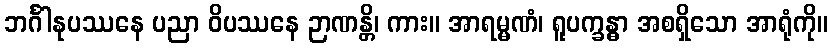
ဘင်္ဂါနုပဿနေ ပညာ ဝိပဿနေ ဉာဏန္တိ၊ ကား။ အာရမ္မဏံ၊ ရူပက္ခန္ဓာ အစရှိသော အာရုံကို။